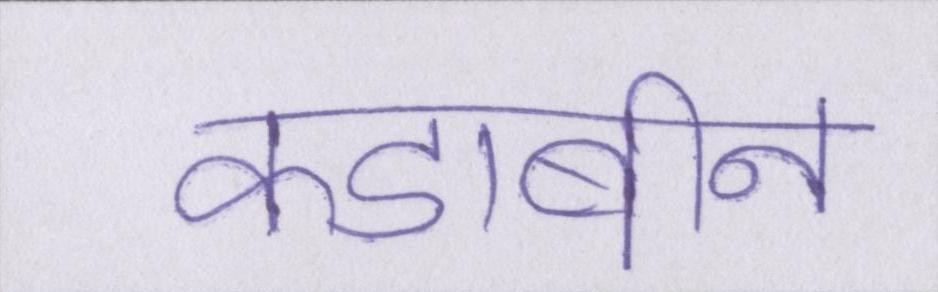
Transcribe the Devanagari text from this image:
कडाबीन